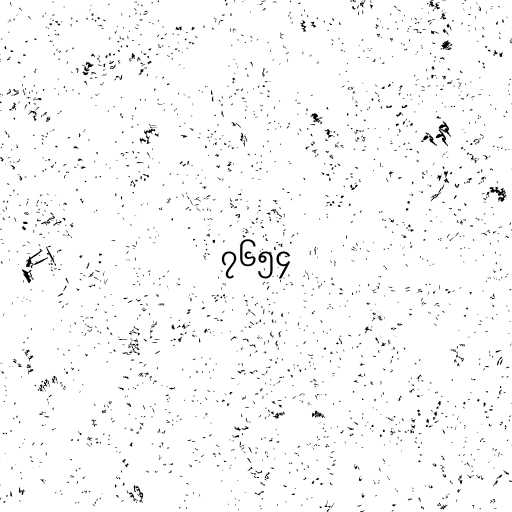
၇၆၅၄